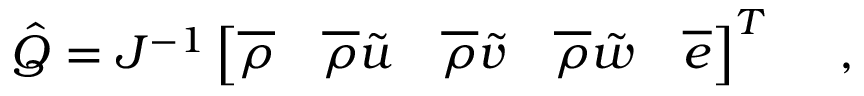
\hat { Q } = J ^ { - 1 } \left[ \overline { { \rho } } \quad \overline { { \rho } } \tilde { u } \quad \overline { { \rho } } \tilde { v } \quad \overline { { \rho } } \tilde { w } \quad \overline { { e } } \right] ^ { T } \quad \mathrm { ~ , ~ }